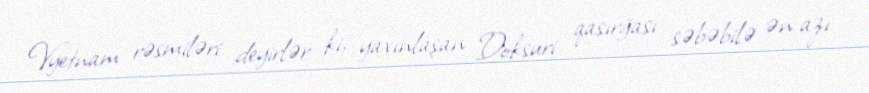
Vyetnam rəsmiləri deyirlər ki, yaxınlaşan Doksuri qasırğası səbəbilə ən azı